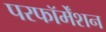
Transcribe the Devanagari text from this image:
परफॉर्मेंशन